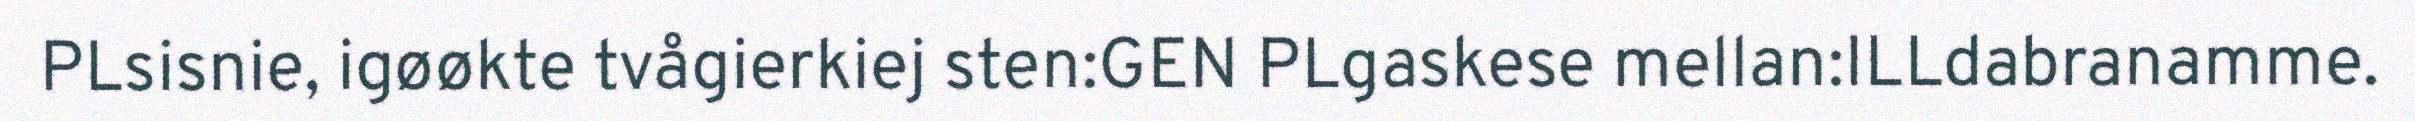
PLsisnie, igøøkte tvågierkiej sten:GEN PLgaskese mellan:ILLdabranamme.